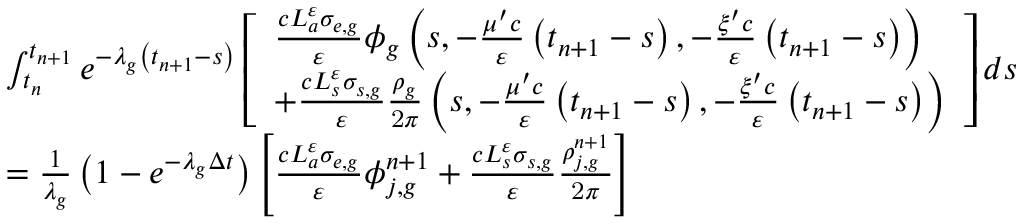
\begin{array} { l } { { \int _ { t _ { n } } ^ { t _ { n + 1 } } e ^ { - \lambda _ { g } \left( t _ { n + 1 } - s \right) } \left[ \begin{array} { l } { { \frac { c L _ { a } ^ { \varepsilon } \sigma _ { e , g } } { \varepsilon } \phi _ { g } \left( s , - \frac { \mu ^ { \prime } c } { \varepsilon } \left( t _ { n + 1 } - s \right) , - \frac { \xi ^ { \prime } c } { \varepsilon } \left( t _ { n + 1 } - s \right) \right) } } \\ { { + \frac { c L _ { s } ^ { \varepsilon } \sigma _ { s , g } } { \varepsilon } \frac { \rho _ { g } } { \mathrm { 2 } \pi } \left( s , - \frac { \mu ^ { \prime } c } { \varepsilon } \left( t _ { n + 1 } - s \right) , - \frac { \xi ^ { \prime } c } { \varepsilon } \left( t _ { n + 1 } - s \right) \right) } } \end{array} \right] d s } } \\ { { = \frac { 1 } { \lambda _ { g } } \left( 1 - e ^ { - \lambda _ { g } \Delta t } \right) \left[ \frac { c L _ { a } ^ { \varepsilon } \sigma _ { e , g } } { \varepsilon } \phi _ { j , g } ^ { n + 1 } + \frac { c L _ { s } ^ { \varepsilon } \sigma _ { s , g } } { \varepsilon } \frac { \rho _ { j , g } ^ { n + 1 } } { \mathrm { 2 } \pi } \right] } } \end{array}